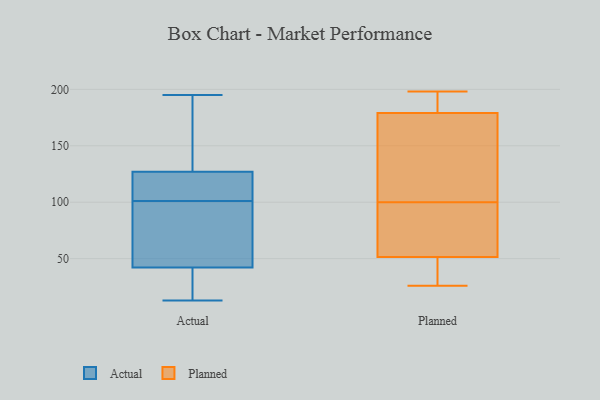
{"axis": {"x": "Satisfaction Score", "y": "Value"}, "legend": ["Actual", "Planned"], "data": [{"x": "", "y": 56, "type": "Actual"}, {"x": "", "y": 105, "type": "Actual"}, {"x": "", "y": 36, "type": "Actual"}, {"x": "", "y": 191, "type": "Actual"}, {"x": "", "y": 109, "type": "Actual"}, {"x": "", "y": 96, "type": "Actual"}, {"x": "", "y": 22, "type": "Actual"}, {"x": "", "y": 181, "type": "Actual"}, {"x": "", "y": 135, "type": "Actual"}, {"x": "", "y": 13, "type": "Actual"}, {"x": "", "y": 75, "type": "Actual"}, {"x": "", "y": 127, "type": "Actual"}, {"x": "", "y": 195, "type": "Actual"}, {"x": "", "y": 123, "type": "Actual"}, {"x": "", "y": 40, "type": "Actual"}, {"x": "", "y": 36, "type": "Actual"}, {"x": "", "y": 127, "type": "Actual"}, {"x": "", "y": 101, "type": "Actual"}, {"x": "", "y": 49, "type": "Actual"}, {"x": "", "y": 91, "type": "Planned"}, {"x": "", "y": 147, "type": "Planned"}, {"x": "", "y": 110, "type": "Planned"}, {"x": "", "y": 168, "type": "Planned"}, {"x": "", "y": 185, "type": "Planned"}, {"x": "", "y": 93, "type": "Planned"}, {"x": "", "y": 67, "type": "Planned"}, {"x": "", "y": 198, "type": "Planned"}, {"x": "", "y": 191, "type": "Planned"}, {"x": "", "y": 42, "type": "Planned"}, {"x": "", "y": 100, "type": "Planned"}, {"x": "", "y": 177, "type": "Planned"}, {"x": "", "y": 191, "type": "Planned"}, {"x": "", "y": 26, "type": "Planned"}, {"x": "", "y": 50, "type": "Planned"}, {"x": "", "y": 52, "type": "Planned"}, {"x": "", "y": 35, "type": "Planned"}]}